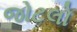
જોટલો